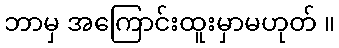
ဘာမှ အကြောင်းထူးမှာမဟုတ် ။